Annual administration and progress report of the Indian Medical Department, Bombay
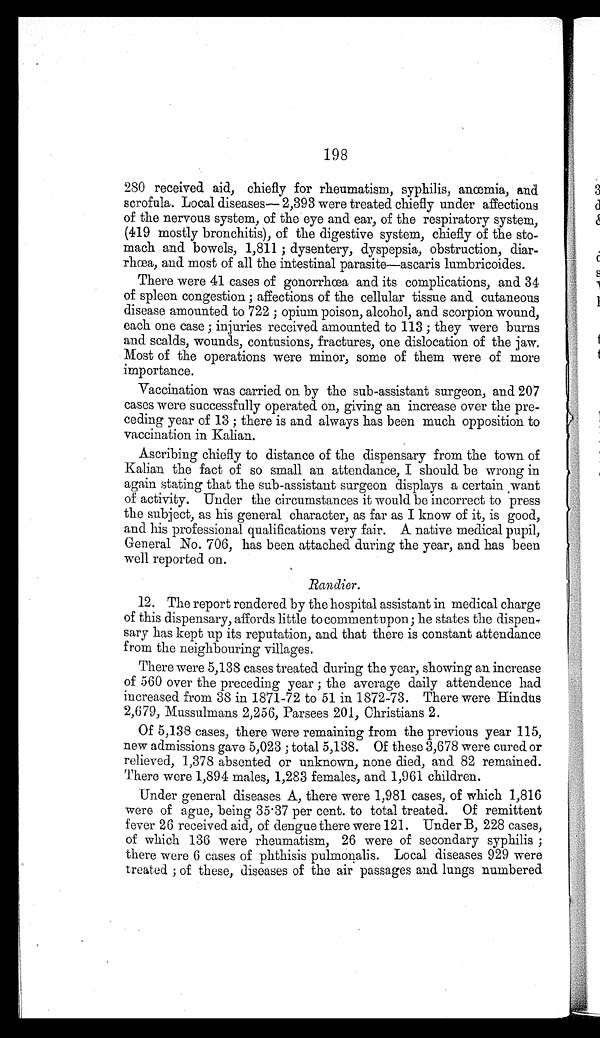
198
280 received aid, chiefly for rheumatism, syphilis, anœmia, and
scrofula. Local diseases— 2,393 were treated chiefly under affections
of the nervous system, of the eye and ear, of the respiratory system,
(419 mostly bronchitis), of the digestive system, chiefly of the sto
-mach and bowels, 1,811; dysentery, dyspepsia, obstruction, diar
-rhœa, and most of all the intestinal parasite—ascaris lumbricoides.
There were 41 cases of gonorrhœa and its complications, and 34
of spleen congestion; affections of the cellular tissue and cutaneous
disease amounted to 722; opium poison, alcohol, and scorpion wound,
each one case; injuries received amounted to 113; they were burns
and scalds, wounds, contusions, fractures, one dislocation of the jaw.
Most of the operations were minor, some of them were of more
importance.
Vaccination was carried on by the sub-assistant surgeon, and 207
cases were successfully operated on, giving an increase over the pre
-ceding year of 13; there is and always has been much opposition to
vaccination in Kalian.
Ascribing chiefly to distance of the dispensary from the town of
Kalian the fact of so small an attendance, I should be wrong in
again stating that the sub-assistant surgeon displays a certain want
of activity. Under the circumstances it would be incorrect to press
the subject, as his general character, as far as I know of it, is good,
and his professional qualifications very fair. A native medical pupil,
General No. 706, has been attached during the year, and has been
well reported on.
Randier.
12. The report rendered by the hospital assistant in medical charge
of this dispensary, affords little to commentupon; he states the dispe
n- sary has kept up its reputation, and that there is constant attendance
from the neighbouring villages.
There were 5,138 cases treated during the year, showing an increase
of 560 over the preceding year; the average daily attendence had
increased from 38 in 1871-72 to 51 in 1872-73. There were Hindus
2,679, Mussulmans 2,256, Parsees 201, Christians 2.
Of 5,138 cases, there were remaining from the previous year 115,
new admissions gave 5,023; total 5,138. Of these 3,678 were cured or
relieved, 1,378 absented or unknown, none died, and 82 remained.
There were 1,894 males, 1,283 females, and 1,961 children.
Under general diseases A, there were 1,981 cases, of which 1,816
were of ague, being 35.37 per cent. to total treated. Of remittent
fever 26 received aid, of dengue there were 121. Under B, 228 cases,
of which 136 were rheumatism, 26 were of secondary syphilis;
there were 6 cases of phthisis pulmonalis. Local diseases 929 were
treated; of these, diseases of the air passages and lungs numbered